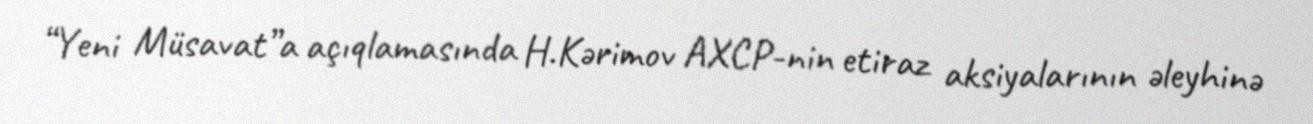
“Yeni Müsavat”a açıqlamasında H.Kərimov AXCP-nin etiraz aksiyalarının əleyhinə